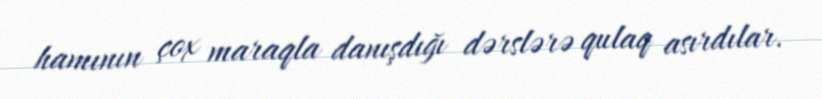
hamının çox maraqla danışdığı dərslərə qulaq asırdılar.